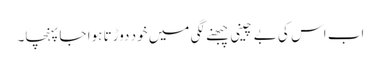
اب اس کی بے چینی چبھنے لگی میں خود دوڑتا ہوا جا پہنچا۔